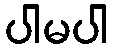
ပါမပါ